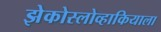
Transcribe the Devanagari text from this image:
झेकोस्लोव्हाकियाला